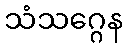
သံသဂ္ဂေန